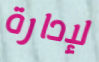
لإدارة